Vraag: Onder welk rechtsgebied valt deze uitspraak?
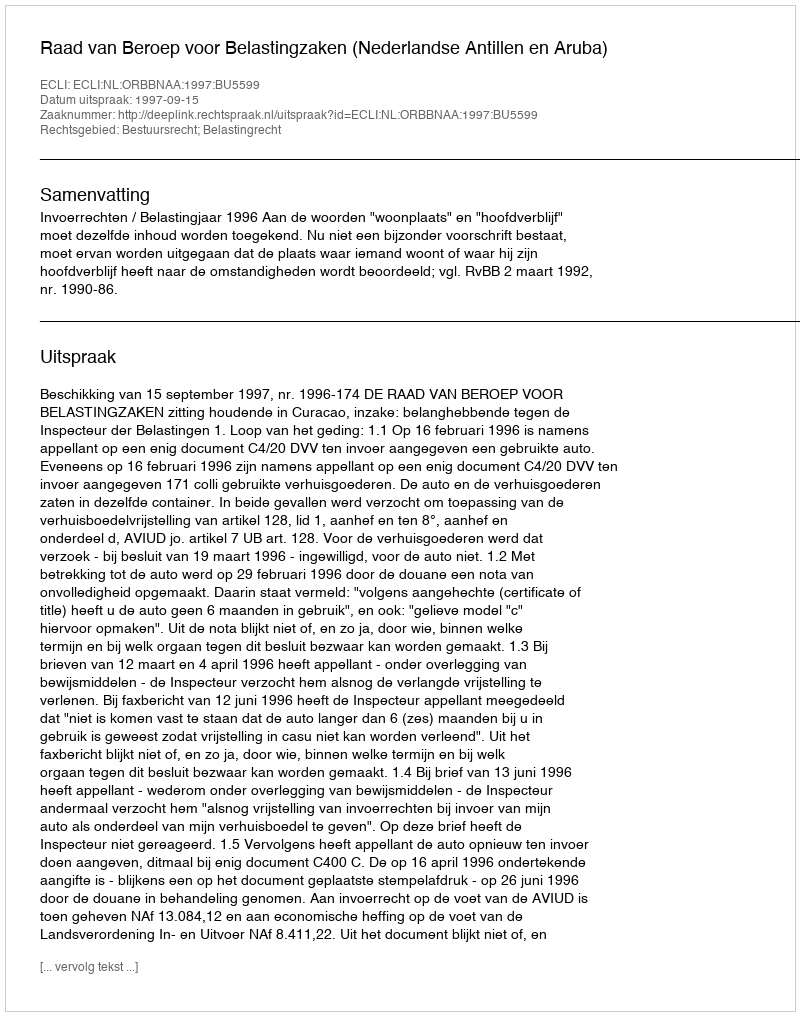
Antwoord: Bestuursrecht; Belastingrecht